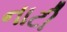
નાટી